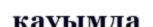
қауымда